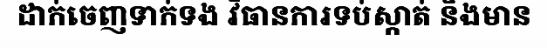
ដាក់ចេញទាក់ទង វិធានការទប់ស្កាត់ និងមាន